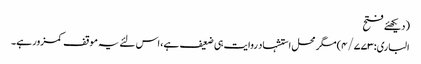
(دیکھئے فتح
الباری:۴/۷۷۳) مگر محل استشہاد روایت ہی ضعیف ہے، اس لئے یہ موقف کمزور ہے۔